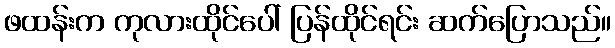
ဖထန်းက ကုလားထိုင်ပေါ် ပြန်ထိုင်ရင်း ဆက်ပြောသည်။